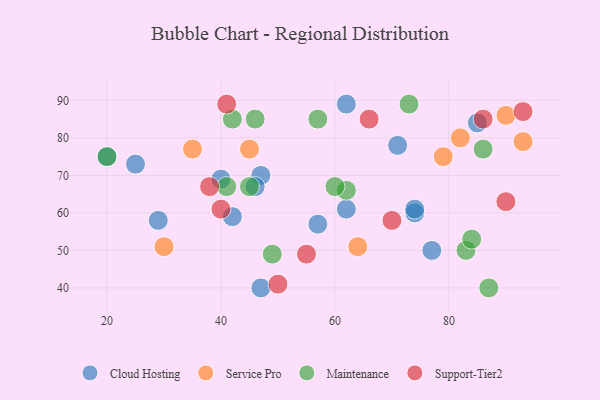
{"axis": {"x": "GDP", "y": "Life Expectancy"}, "legend": ["Cloud Hosting", "Maintenance", "Service Pro", "Support-Tier2"], "data": [{"x": "74", "y": 60, "type": "Cloud Hosting"}, {"x": "25", "y": 73, "type": "Cloud Hosting"}, {"x": "42", "y": 59, "type": "Cloud Hosting"}, {"x": "62", "y": 61, "type": "Cloud Hosting"}, {"x": "29", "y": 58, "type": "Cloud Hosting"}, {"x": "74", "y": 61, "type": "Cloud Hosting"}, {"x": "85", "y": 84, "type": "Cloud Hosting"}, {"x": "47", "y": 70, "type": "Cloud Hosting"}, {"x": "47", "y": 40, "type": "Cloud Hosting"}, {"x": "71", "y": 78, "type": "Cloud Hosting"}, {"x": "46", "y": 67, "type": "Cloud Hosting"}, {"x": "40", "y": 69, "type": "Cloud Hosting"}, {"x": "77", "y": 50, "type": "Cloud Hosting"}, {"x": "57", "y": 57, "type": "Cloud Hosting"}, {"x": "62", "y": 89, "type": "Cloud Hosting"}, {"x": "20", "y": 75, "type": "Cloud Hosting"}, {"x": "35", "y": 77, "type": "Service Pro"}, {"x": "30", "y": 51, "type": "Service Pro"}, {"x": "64", "y": 51, "type": "Service Pro"}, {"x": "93", "y": 79, "type": "Service Pro"}, {"x": "82", "y": 80, "type": "Service Pro"}, {"x": "79", "y": 75, "type": "Service Pro"}, {"x": "45", "y": 77, "type": "Service Pro"}, {"x": "90", "y": 86, "type": "Service Pro"}, {"x": "41", "y": 67, "type": "Maintenance"}, {"x": "62", "y": 66, "type": "Maintenance"}, {"x": "57", "y": 85, "type": "Maintenance"}, {"x": "20", "y": 75, "type": "Maintenance"}, {"x": "73", "y": 89, "type": "Maintenance"}, {"x": "83", "y": 50, "type": "Maintenance"}, {"x": "60", "y": 67, "type": "Maintenance"}, {"x": "45", "y": 67, "type": "Maintenance"}, {"x": "84", "y": 53, "type": "Maintenance"}, {"x": "42", "y": 85, "type": "Maintenance"}, {"x": "49", "y": 49, "type": "Maintenance"}, {"x": "46", "y": 85, "type": "Maintenance"}, {"x": "86", "y": 77, "type": "Maintenance"}, {"x": "87", "y": 40, "type": "Maintenance"}, {"x": "40", "y": 61, "type": "Support-Tier2"}, {"x": "66", "y": 85, "type": "Support-Tier2"}, {"x": "86", "y": 85, "type": "Support-Tier2"}, {"x": "38", "y": 67, "type": "Support-Tier2"}, {"x": "55", "y": 49, "type": "Support-Tier2"}, {"x": "90", "y": 63, "type": "Support-Tier2"}, {"x": "93", "y": 87, "type": "Support-Tier2"}, {"x": "70", "y": 58, "type": "Support-Tier2"}, {"x": "50", "y": 41, "type": "Support-Tier2"}, {"x": "41", "y": 89, "type": "Support-Tier2"}]}